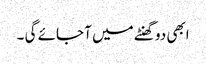
ابھی دو گھنٹے میں آ جائے گی ۔